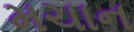
મચાન